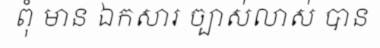
ពុំ មាន ឯកសារ ច្បាស់លាស់ បាន